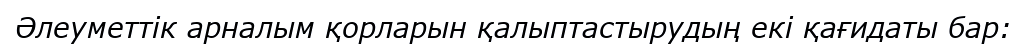
Әлеуметтік арналым қорларын қалыптастырудың екі қағидаты бар: